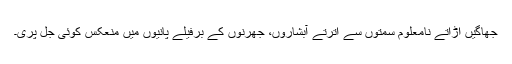
جھاگیں اُڑاتے نامعلوم سمتوں سے اُترتے آبشاروں، جھرنوں کے برفیلے پانیوں میں منعکس کوئی جل پری۔